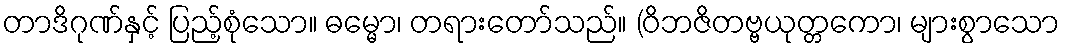
တာဒိဂုဏ်နှင့် ပြည့်စုံသော။ ဓမ္မော၊ တရားတော်သည်။ (ဝိဘဇိတဗ္ဗယုတ္တကော၊ များစွာသော